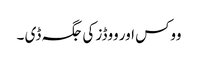
ووکس اور ووڈز کی جگہ ڈی ۔